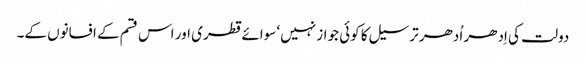
دولت کی اِدھر اُدھر ترسیل کا کوئی جواز نہیں‘ سوائے قطری اور اس قسم کے افسانوں کے۔